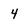
Character: 4